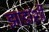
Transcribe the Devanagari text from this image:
झाडांशी